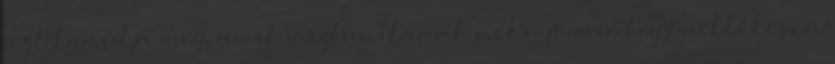
azt tanulja meg, amit megtanítanak neki. A mintegy mellékesen